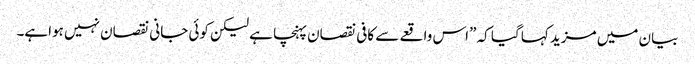
بیان میں مزید کہا گیا کہ ”اس واقعے سے کافی نقصان پہنچا ہے لیکن کوئی جانی نقصان نہیں ہواہے۔